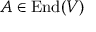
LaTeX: A \in \operatorname { E n d } ( V )